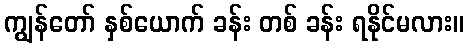
ကျွန်တော် နှစ်ယောက် ခန်း တစ် ခန်း ရနိုင်မလား။